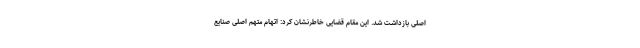
اصلی بازداشت شد. این مقام قضایی خاطرنشان کرد: اتهام متهم اصلی صنایع